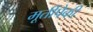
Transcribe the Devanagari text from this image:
मूर्तीपैकी